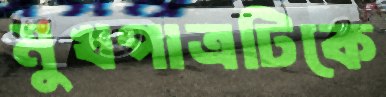
মুখপাত্রটিকে